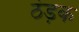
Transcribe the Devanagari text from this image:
ठंड़क